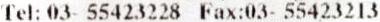
TEL: 03- 55423228 FAX:03- 55423213